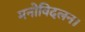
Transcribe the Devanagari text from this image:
मनोविदलन।